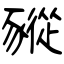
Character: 豵